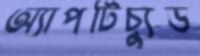
অ্যাপটিচ্যুড